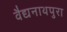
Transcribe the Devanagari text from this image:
वैद्यनाथपुरा